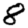
Digit: 8